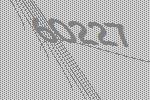
60227